Indian journal of veterinary science and animal husbandry - Volume 2,
Year: 1932
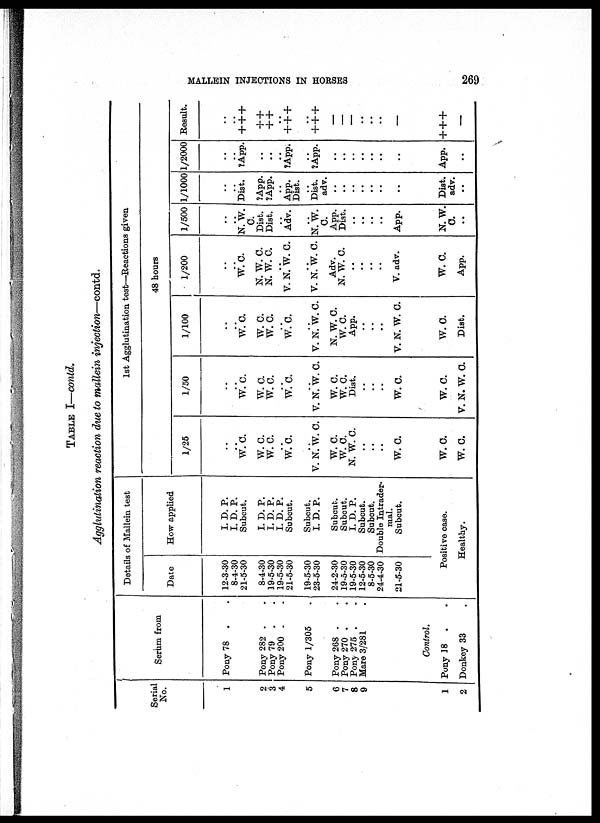
MALLEIN INJECTIONS IN HORSES
269
TABLE I—contd.
Agglutination reaction due to mallein injection—contd.
Serial
No.
1
2
3
4
5
6
7
8
9
1
2
Serum from
Pony 78 . .
Pony 282 .
Pony 79
.
Pony 200 .
Pony 1/305
Pony 268 .
Pony 270 .
Pony 275 .
Mare 3/281
Control.
Pony 18 .
Donkey 33
Details of Mallein test
Date
12-3-30
8-4-30
21-5-30
8-4-30
19-5-30
19-5-30
21-5-30
19-5-30
23-5-30
24-2-30
19-5-30
19-5-30
12-5-30
8-5-30
24-4-30
21-5-30
How applied
I. D. P.
I. D. P.
Subcut.
I. D. P.
I. D. P.
I. D. P.
Subcut.
Subcut.
I. D. P.
Subcut.
Subcut.
I. D. P.
Subcut.
Subcut.
Double Intrader-
mal.
Subcut.
Positive case.
Healthy.
1/25
..
..
W. C.
W. C.
W. C.
..
W. C.
..
V. N. W. C.
W. C.
W. C.
N. W. C.
..
W. C.
W. C.
W. C.
1st Agglutination test—Reactions given
1/50
..
..
W. C.
W. C.
W. C.
..
W. C.
..
V. N. W. C.
W. C.
W. C.
Dist.
..
W. C.
W. C.
V. N. W. C.
1/100
..
..
W. C.
W. C.
W. C.
..
W. C.
..
V. N. W. C.
N. W. C.
W. C.
App.
V. N. W. C.
W. C.
Dist.
48 hours
1/200
..
..
W. C.
N. W. C.
N. W. C.
..
V. N. W. C.
..
V. N. W. C.
Adv.
N. W. C.
..
..
V. adv.
W. C.
App.
1/500
..
..
N. W.
C.
Dist.
Dist.
..
Adv.
..
N. W.
C.
App.
Dist.
..
..
App.
N. W.
C.
..
1/1000
..
..
Dist.
?App.
?App.
..
App.
Dist.
..
Dist.
adv.
..
..
..
..
..
Dist.
adv.
..
1/2000
..
?App.
..
..
? App.
..
?App.
..
..
..
..
..
App.
..
Result.
..
+++
++
++
+++
+++
—
—
—
..
—
+++
—